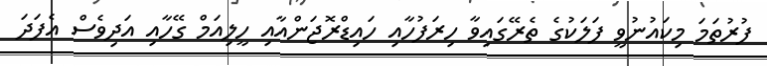
ފުރުތަމަ މިކައުނުވީ ފަލަކުގެ ތެރޭގައިވާ ހިރަފުހާއި ހައިޑްރޮޖަންއާއި ހީލިއަމް ގޭހާއި އަދިވެސް އެފަދަ